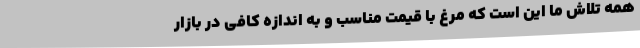
همه تلاش ما این است که مرغ با قیمت مناسب و به اندازه کافی در بازار